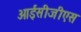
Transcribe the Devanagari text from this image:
आईसीजीएस